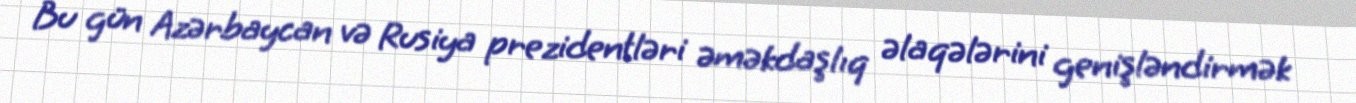
Bu gün Azərbaycan və Rusiya prezidentləri əməkdaşlıq əlaqələrini genişləndirmək